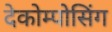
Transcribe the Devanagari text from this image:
देकोम्पोसिंग